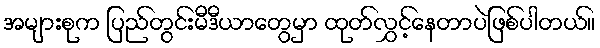
အများစုက ပြည်တွင်းမီဒီယာတွေမှာ ထုတ်လွှင့်နေတာပဲဖြစ်ပါတယ်။